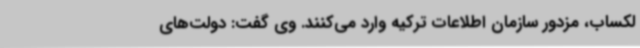
لکساب، مزدور سازمان اطلاعات ترکیه وارد می‌کنند. وی گفت: دولت‌های